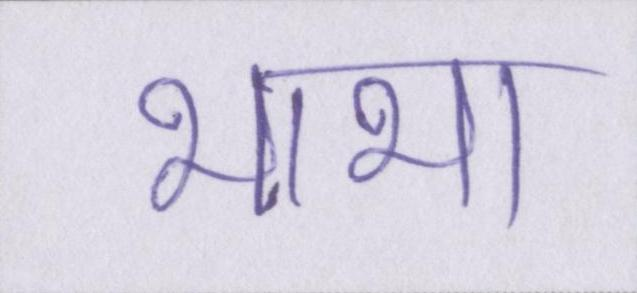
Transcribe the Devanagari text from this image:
भाभा